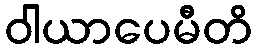
ဝါယာပေမီတိ